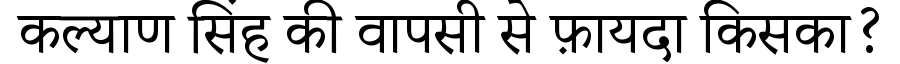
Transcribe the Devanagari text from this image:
कल्याण सिंह की वापसी से फ़ायदा किसका?